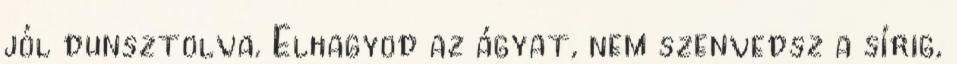
jól dunsztolva. Elhagyod az ágyat, nem szenvedsz a sírig,